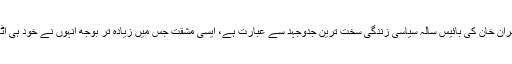
لیکن عمران خان کی بائیس سالہ سیاسی زندگی سخت ترین جدوجہد سے عبارت ہے، ایسی مُشقت جس میں زیادہ تر بوجھ انہوں نے خود ہی اُٹھایا ہے۔